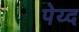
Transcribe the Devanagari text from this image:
पेय्द